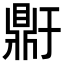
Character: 𬹥